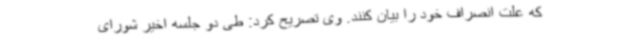
که علت انصراف خود را بیان کنند. وی تصریح کرد: طی دو جلسه اخیر شورای